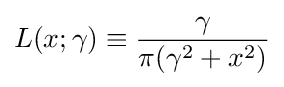
L(x;\gamma )\equiv {\frac {\gamma }{\pi (\gamma ^{2}+x^{2})}}